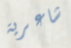
شاعرية